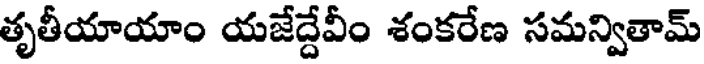
తృతీయాయాం యజేద్దేవీం శంకరేణ సమన్వితామ్